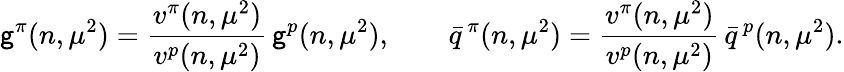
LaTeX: \mathsf{g}^{\pi}(n,\mu^{2})=\frac{{v^{\pi}(n,\mu^{2})}}{{v^{p}(n,\mu^{2})}}\, \mathsf{g}^{p}(n,\mu^{2}),\quad\quad\bar{{q}}\, ^{\pi}(n,\mu^{2})=\frac{{v^{\pi}(n,\mu^{2})}}{{v^{p}(n,\mu^{2})}}\, \bar{{q}}\, ^{p}(n,\mu^{2}).